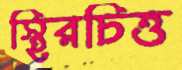
স্থিরচিত্ত